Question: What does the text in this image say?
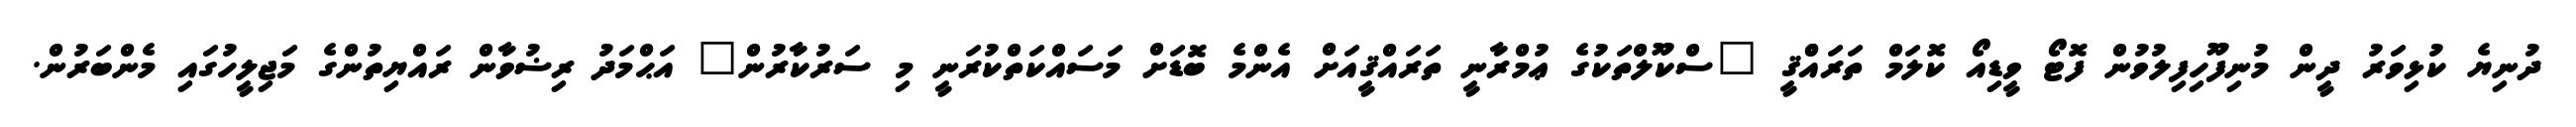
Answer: ދުނިޔެ ކުޅިވަރު ދީން މުނިފޫހިފިލުވުން ފޮޓޯ ވީޑިއޯ ކޮލަމް ތަރައްްޤީ "ސްކޫލްތަކުގެ ޢުމްރާނީ ތަރައްޤީއަށް އެންމެ ބޮޑަށް މަސައްކަތްކުރަނީ މި ސަރުކާރުން" އަޙްމަދު ރިޟުވާން ރައްޔިތުންގެ މަޖިލީހުގައި މެންބަރުން.